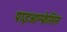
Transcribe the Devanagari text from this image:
पाइओन्फ्रेसिस